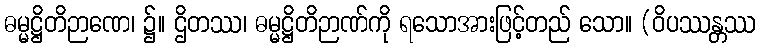
ဓမ္မဋ္ဌိတိဉာဏေ၊ ၌။ ဌိတဿ၊ ဓမ္မဋ္ဌိတိဉာဏ်ကို ရသောအားဖြင့်တည် သော။ (ဝိပဿန္တဿ